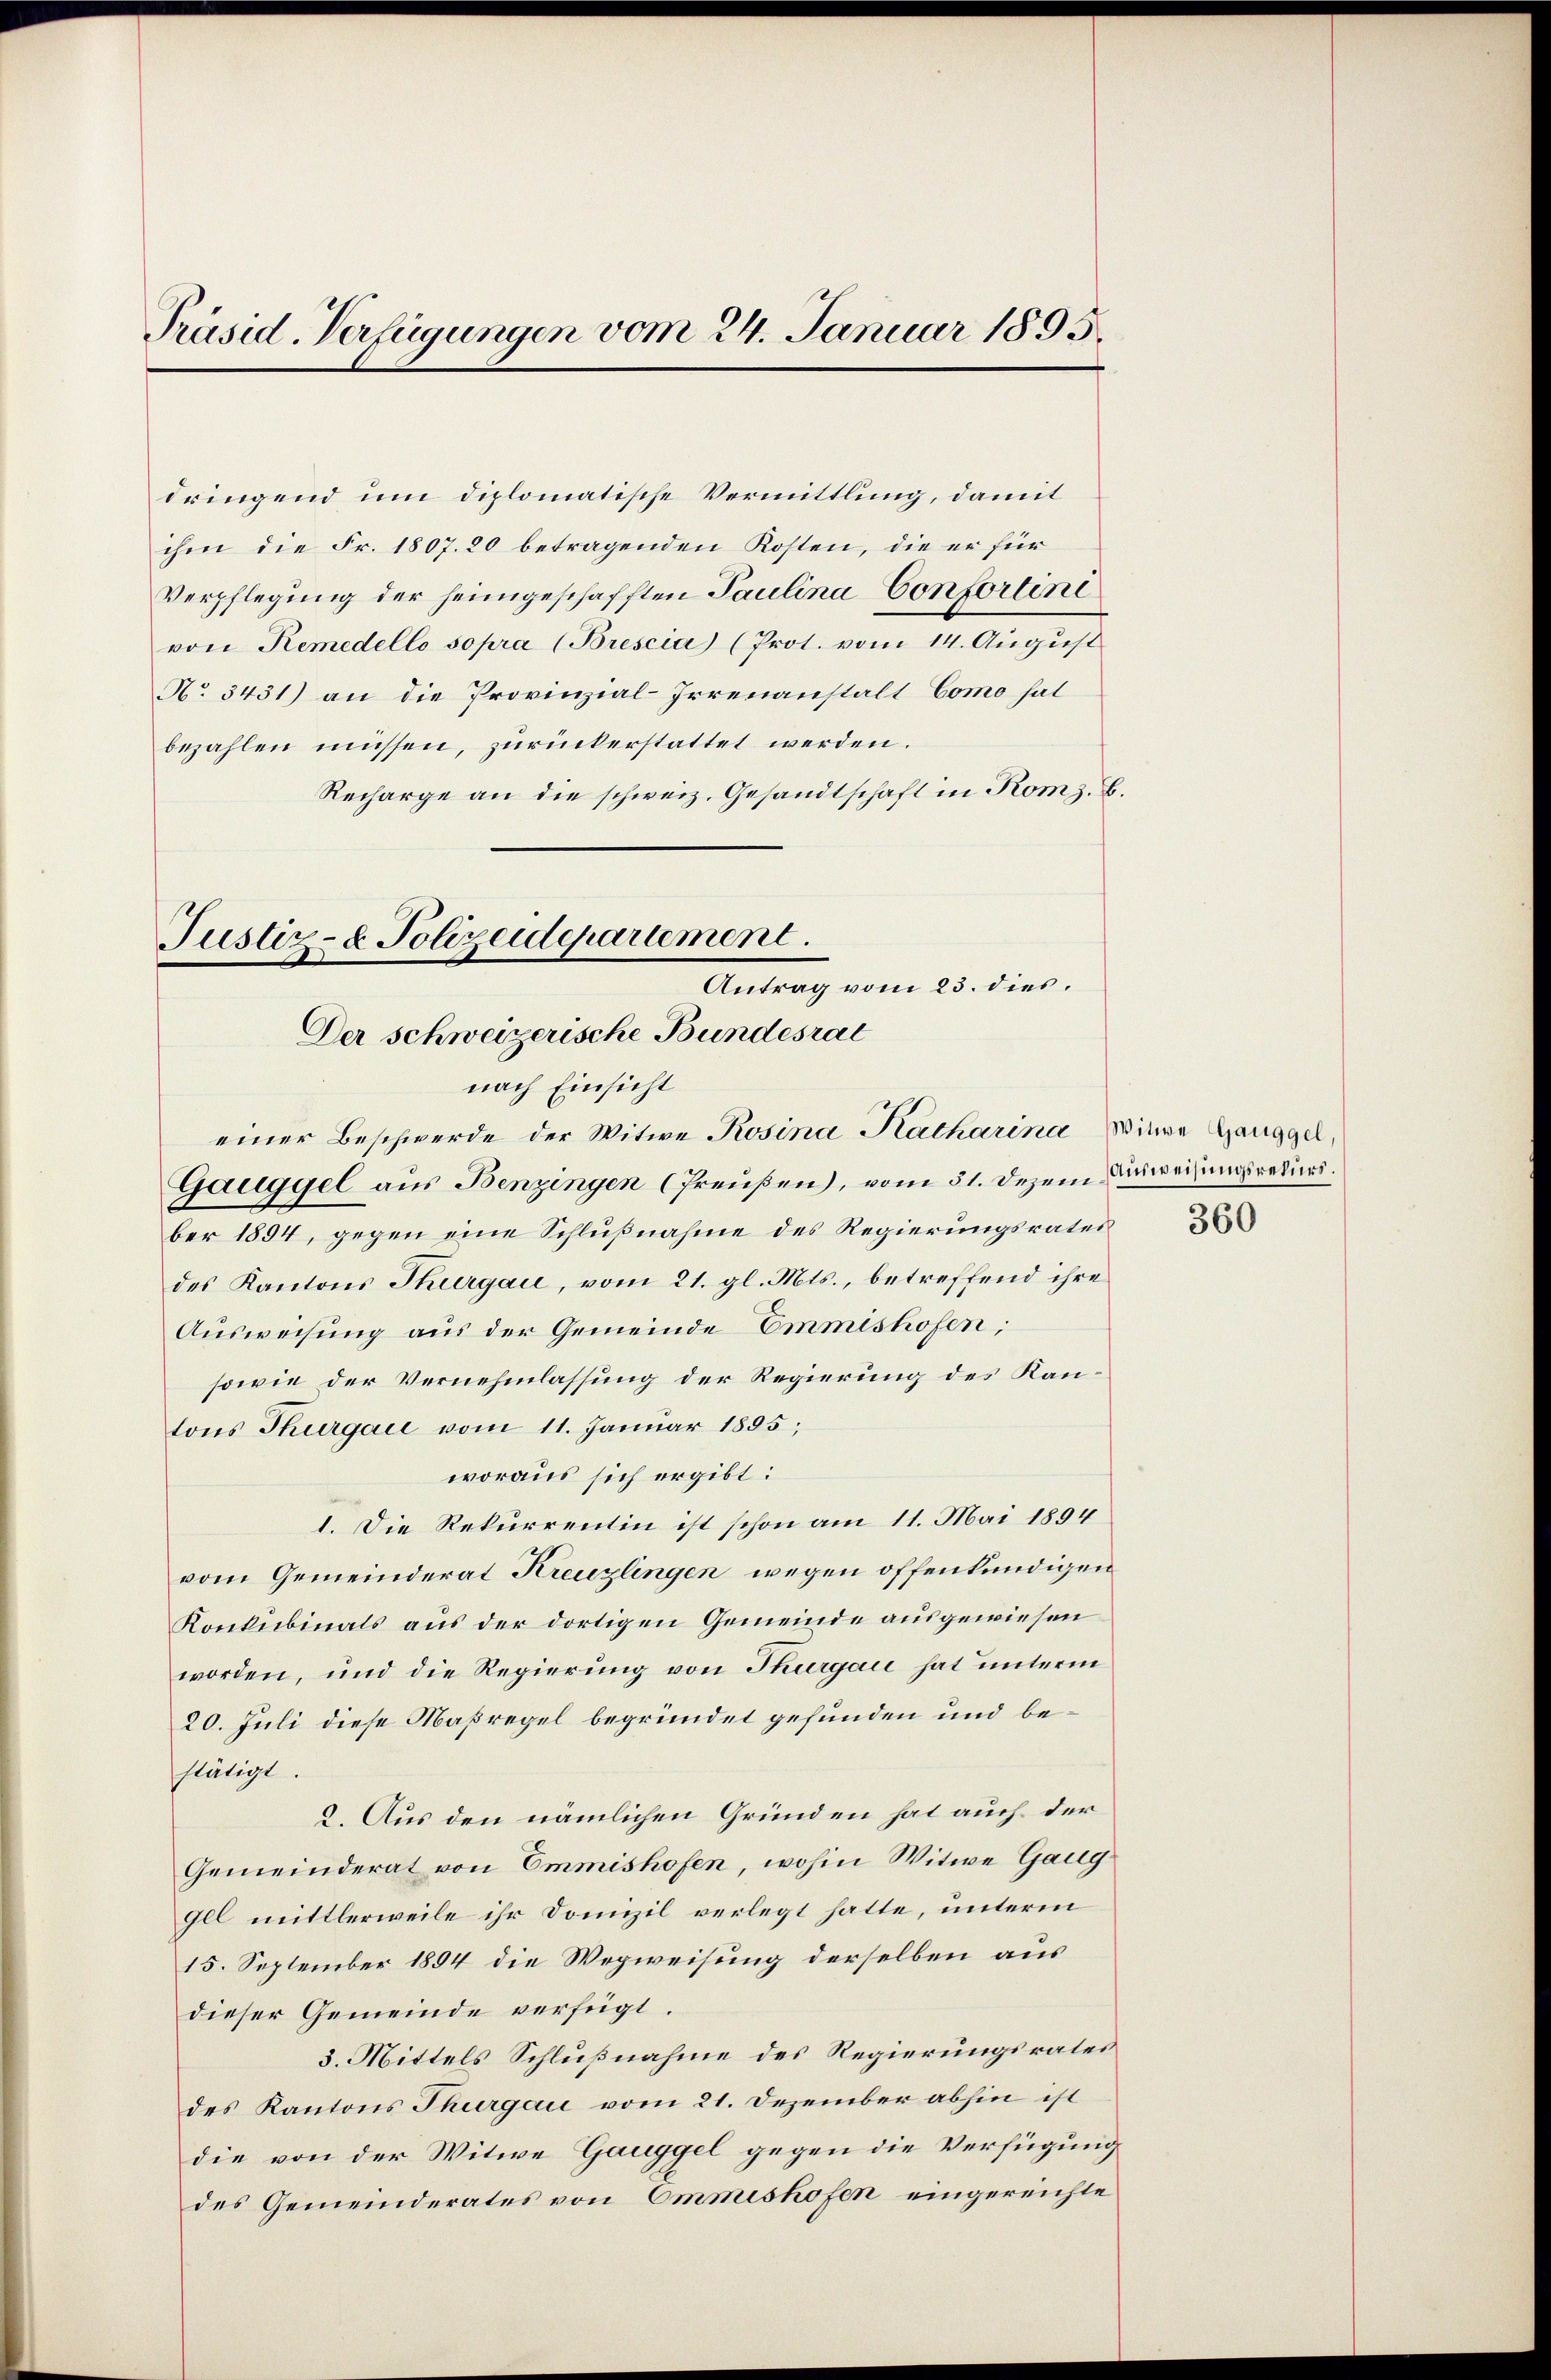
Präsid. Verfügungen vom 24. Januar 1895

dringend um diplomatische Vermittlung, damit
ihm die Fr. 1807. 20 betragenden Kosten, die er für
Verpflegung der heimgeschafften Paulina Confortini
von Remedello sopra (Brescia (Prot. vom 14. August
No 3431) an die Provinzial-Irrenanstalt Como hal
bezahlen müssen, zŭrückerstattet werden.
Recharge an die schweiz. Gesandtschaft in Kom z. B.
Justiz- & Polizeidepartement.
Antrag vom 23. dies.

Der Schweizerische Bundesrat
nach Einsicht
einer Beschwerde der Witwe Rosina Katharina Witwe Ganggel,

Ganggel aus Benzingen (Preußen), vom 31. Dezem Feuerungsrekurs.
ber 1894, gegen eine Schlußnahme des Regierungsrates
des Kantons Thurgau, vom 21. gl. Mts., betreffend ihre
Ausweisung aus der Gemeinde Emmishofen;
sowie der Vernehmlassung der Regierung des Kantons Thurgau vom 11. Januar 1855;
woraus sich ergibt:
1. Die Rekurrentin ist schon am 11. Mai 1894
vom Gemeinderat Kreuzlingen wegen offenkundigen
Konkubinats aus der dortigen Gemeinde ausgewiesen
worden, und die Regierung von Thurgau hat unterm
20. Juli diese Maßregel begründet gefunden und bestätigt.
2. Aus den nämlichen Gründen hat auch der
Gemeinderat von Emmishofen, wohin Witwe Gaug
Ill mittlerweile ihr Domizil verlegt hatte, unterm
15. September 1894 die Wegweisung derselben aus
dieser Gemeinde verfügt.
3. Mittels Schlußnahme des Regierungsrates
des Kantons Thurgau vom 21. Dezember abhin ist
die von der Witwe Ganggel gegen die Verfügung
des Gemeinderates von Ommeshofen eingereichte

360